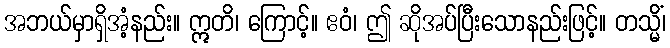
အဘယ်မှာရှိအံ့နည်း။ ဣတိ၊ ကြောင့်။ ဧဝံ၊ ဤ ဆိုအပ်ပြီးသောနည်းဖြင့်။ တသ္မိံ၊